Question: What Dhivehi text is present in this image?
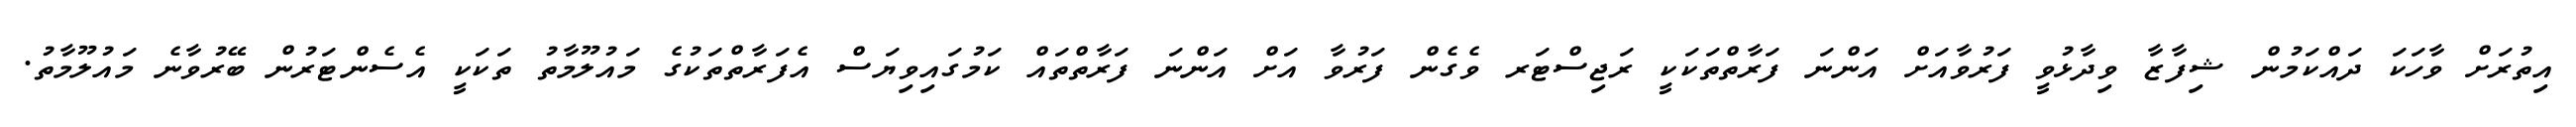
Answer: އިތުރަށް ވާހަކަ ދައްކަމުން ޝިފާޒާ ވިދާޅުވީ ފަރުވާއަށް އަންނަ ފަރާތްތަކަކީ ރަޖިސްޓަރ ވެގެން ފަރުވާ އަށް އަންނަ ފަރާތްތައް ކަމުގައިވިޔަސް އެފަރާތްތަކުގެ މައުލޫމާތު ތަކަކީ އެސެންޓަރުން ބޭރުވާނެ މައުލޫމާތު.